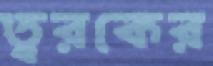
ত্বরকের